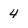
Character: 4